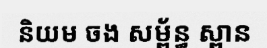
និយម ចង សម្ព័ន្ធ ស្ពាន